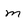
Character: m